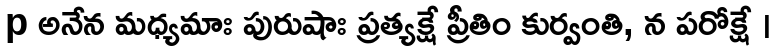
p అనేన మధ్యమాః పురుషాః ప్రత్యక్షే ప్రీతిం కుర్వంతి, న పరోక్షే ।